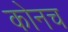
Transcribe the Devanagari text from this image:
कोनच